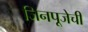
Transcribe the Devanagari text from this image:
जिनपूजेची